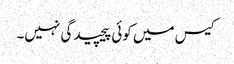
کیس میں کوئی پیچیدگی نہیں۔